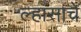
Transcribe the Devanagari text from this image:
ल्हासाचे